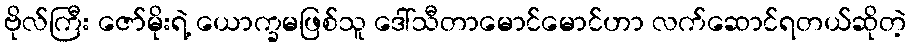
ဗိုလ်ကြီး ဇော်မိုးရဲ့ ယောက္ခမဖြစ်သူ ဒေါ်သီတာမောင်မောင်ဟာ လက်ဆောင်ရတယ်ဆိုတဲ့